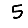
Digit: 5